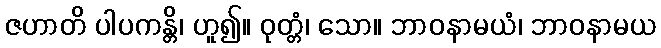
ဇဟာတိ ပါပကန္တိ၊ ဟူ၍။ ဝုတ္တံ၊ သော။ ဘာဝနာမယံ၊ ဘာဝနာမယ